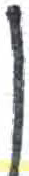
אות: ן